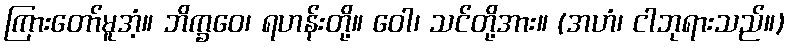
ကြားတော်မူအံ့။ ဘိက္ခဝေ၊ ရဟန်းတို့။ ဝေါ၊ သင်တို့အား။ (အဟံ၊ ငါဘုရားသည်။)